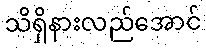
သိရှိနားလည်အောင်